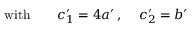
\mathrm { w i t h } \qquad c _ { 1 } ^ { \prime } = 4 a ^ { \prime } \, , \, \quad c _ { 2 } ^ { \prime } = b ^ { \prime }